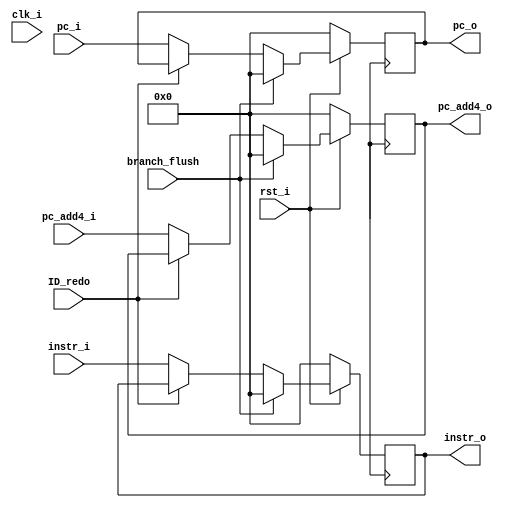
module IFID_register(
    input clk_i,
    input rst_i,
    input branch_flush,
    input ID_redo,
    input [31:0] pc_i,
    input [31:0] instr_i,
    input [31:0] pc_add4_i, // for jal
    
    output reg [31:0] pc_o,
    output reg [31:0] instr_o,
    output reg [31:0] pc_add4_o // for jal
);

    always@(posedge clk)begin
        if(~rst_i)begin
            pc_o <= 32'd0 ; 
            instr_o <= 32'd0 ; 
            pc_add4_o <= 32'd0 ; 
        end
        else if(branch_flush)begin
            pc_o <= 32'd0 ;
            instr_o <= 32'd0 ; 
            pc_add4_o <= 32'd0 ; 
        end
        else if(ID_redo)begin
            pc_o <= pc_o ;
            instr_o <= instr_o ; 
            pc_add4_o <= pc_add4_o ;
        end
        else begin
            pc_o <= pc_i ;
            instr_o <= instr_i ; 
            pc_add4_o <= pc_add4_i ;
        end
    end

endmodule